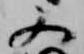
又